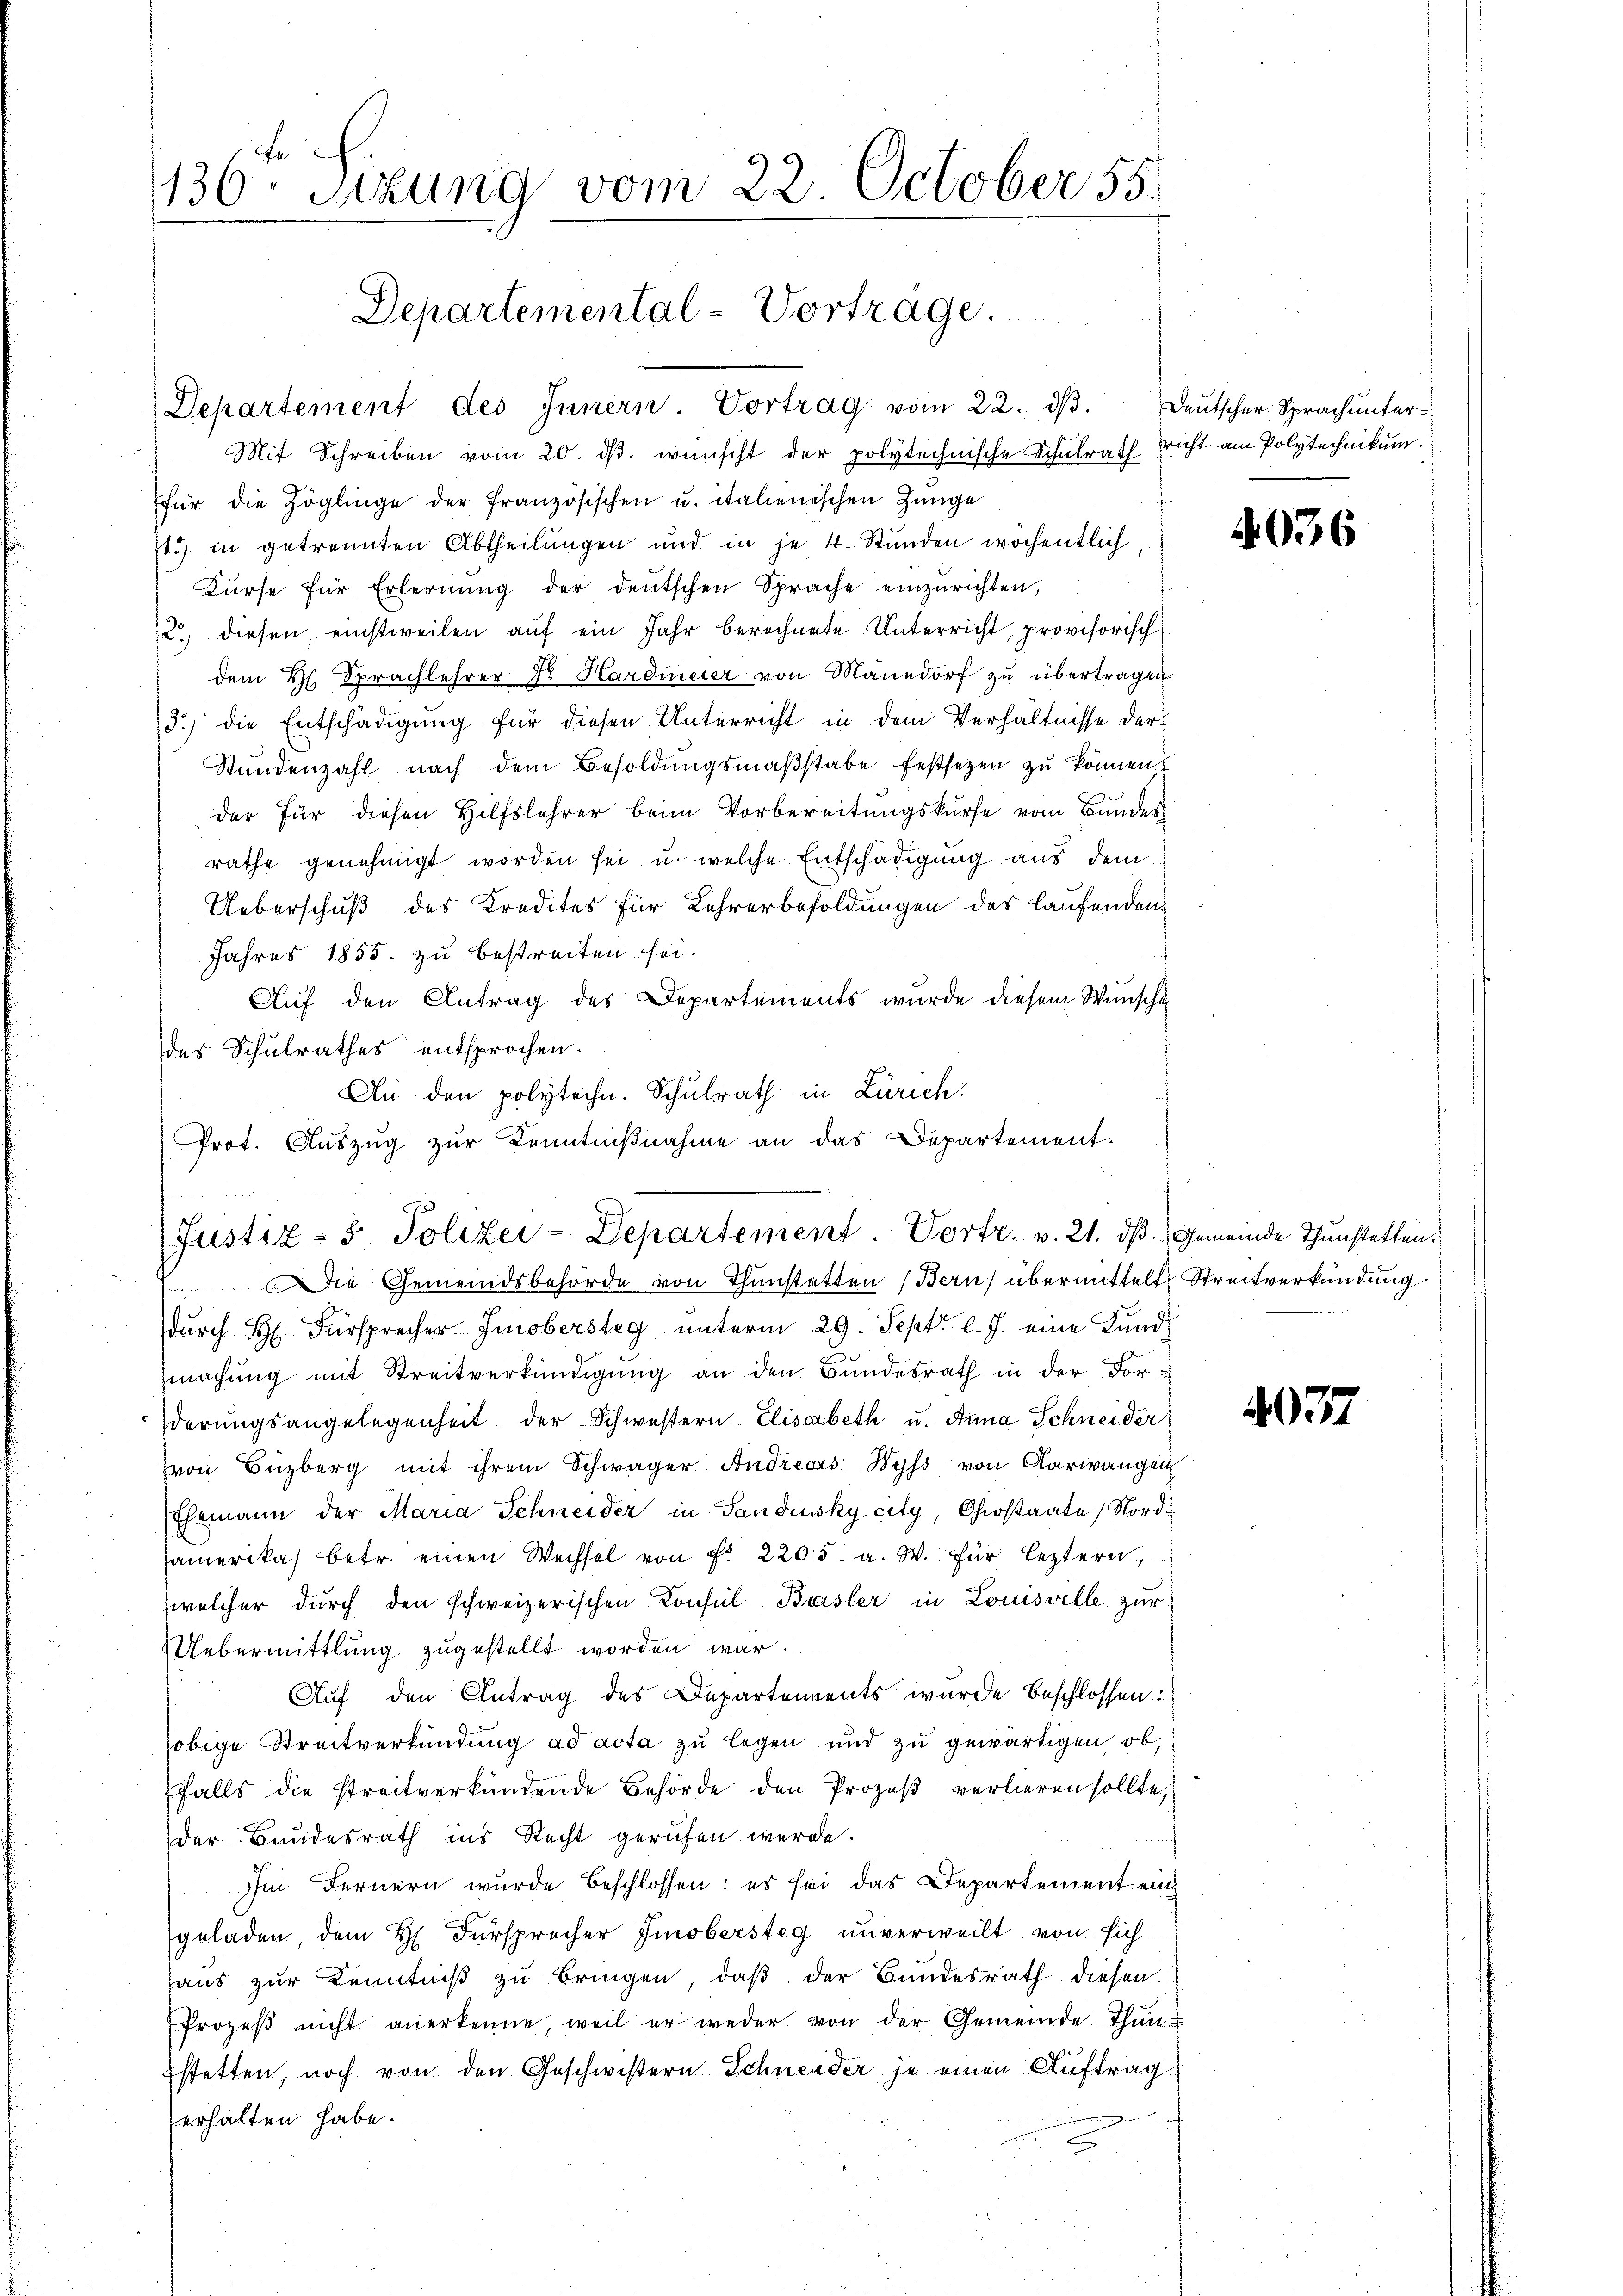
136. Sizung vom 22. October 55.

Mit Schreiben vom 20. dβ. wünscht der polytechnische Schulrath richt am Polytechnikum.
für die Zöglinge der französischen u. italienischen Zünge
s) in getrennten Abtheilungen und in je 4. Stunden wochentlich
Kŭrse für Erlernŭng der deŭtschen Sprache einzurichten,
12. diesen einstweilen aŭf ein Jahr berechnete Unterricht, provisorisch
dem H. Sprachlehrer Dr. Hardmeier von Mänedorf zu übertragen
3.) die Entschädigung für diesen Unterricht in dem Verhältnisse der
Stŭndenzahl nach dem Besoldŭngsmaβstabe festsezen zu können
der für diesen Hilfslehrer beim Vorbereitungskurse vom Bundes
rathe genehmigt worden sei u. welche Entschädigŭng aus dem
Ueberschuß des Kredites für Lehrerbesoldungen des laufenden
Jahres 1855. zu bestreiten sei.
Aŭf den Antrag des Departements wurde diesem Wunscht
des Schulrathes entsprochen.
 Die Gemeindsbehörde von Thunstetten (Bern) übermittelt Streitverkündung
durch H. Fürsprecher Imobersteg unterm 29. Sept. l. J. eine Kundmachung mit Streitverkündigung an den Bundesrath in der Forderŭngsangelegenheit der Schwestern Elisabeth u. Anna Schneider
von Büzberg mit ihrem Schwäger Andreas Wyss von Aarwangen
Ehemann der Maria Schneider in Sandisky city, Chiostaate, Nord¬
Camerika betr. einen Wechsel von Fr. 2205. a. W. für leztern,
welcher durch den schweizerischen Consul Basler in Louisville zur
Uebermittlung zugestellt worden war.
Auf den Antrag des Departements wurde beschlossen:
obige Streitverkündung ad acta zu legen und zu gewärtigen, ob,
falls die streitverkündende Behörde den Prozeß verlieren sollte,
der Bundesrath ins Recht gerufen werde.
Im Fernern wurde beschlossen: es sei das Departement ein
geladen, dem H. Fürsprocher Imobersteg unverweilt von sich
haus zur Kenntniß zu bringen, daß der Bundesrath diesen
Prozeβ nicht anerkenne, weil er weder von der Gemeinde Thun-
Estetten, noch von den Geschwistern Schneider je einen Auftrag
erhalten habe.

Departemental-Vorträge.

Departement des Innern. Vortrag vom 22. dβ. deŭtscher Sprachŭnter-

An den polytechn. Schulrath in Zürich.
Prot. Aŭszŭg zŭr Kenntniβnahme an das Departement.
Justiz- & Polizei-Departement. Vortr. v. 21. ds. Gemeinde Thunstetten.

4036

2077